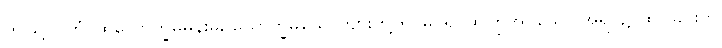
ဤသို့။ (တံ၊ ထိုယောက္ခမမိန်းမ, ယောက္ခမယောကျ်ားတို့ကို မြင်၍ ထကြွအပ်သော အရပ်၌ ထိုင်ခြင်းငှာ